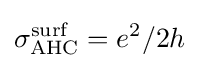
\sigma _{\text{AHC}}^{\text{surf}}=e^{2}/2h